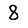
Digit: 8